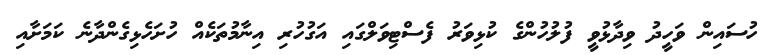
ހުސައިން ވަހީދު ވިދާޅުވީ ފުލުހުންގެ ކުޅިވަރު ފެސްޓިވަލްގައި އަގުހުރި އިނާމުތަކެއް ހުށަހެޅިގެންދާނެ ކަމަށާއި